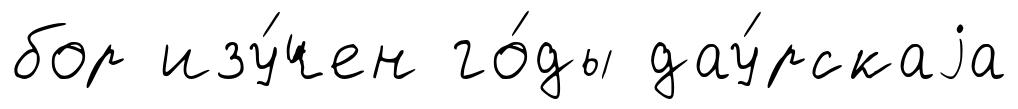
бор изу́чен го́ды дау́рскаjа